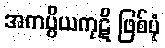
အကပ္ပိယကုဋိ ဖြစ်ပုံ